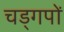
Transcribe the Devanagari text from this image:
चड्गपों